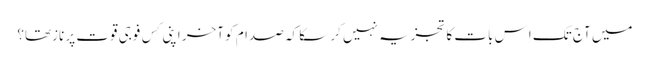
میں آج تک اِس بات کا تجزیہ نہیں کر سکا کہ صدام کو آخر اپنی کِس فوجی قوت پر نازتھا؟